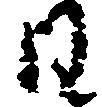
日